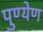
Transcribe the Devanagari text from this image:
पुण्येण